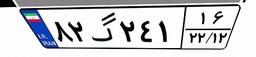
۸۲گ۲۴۱۱۶